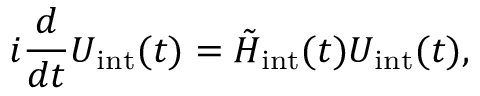
i \frac { d } { d t } U _ { \mathrm { i n t } } ( t ) = \tilde { H } _ { \mathrm { i n t } } ( t ) U _ { \mathrm { i n t } } ( t ) ,